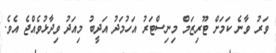
ވަރު ވާނެ ކަމަށް ޓޫރިޒަމް މިނިސްޓަރު އަހުމަދު އަދީބު މިއަދު ވިދާޅުވެއްޖެ އެވެ.